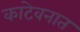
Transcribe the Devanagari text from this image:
काटेवनात